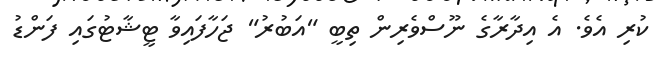
ކުރި އެވެ. އެ އިދާރާގެ ނޫސްވެރިން ތިބީ "އަބުރު" ޖަހާފައިވާ ޓީޝާޓުގައި ފަންޑު